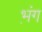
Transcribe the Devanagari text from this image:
भ़ंग